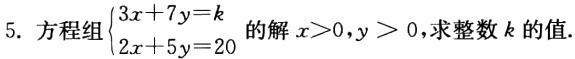
5. 方程组$\begin{cases}3x + 7y = k\\2x + 5y = 20\end{cases}$的解$x>0,y>0$，求整数$k$的值.